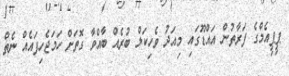
ޕީޕީއެމްގެ ފަރާތުން އައްޑޫގައި މިއަދު ވެހިކަލް ބުރެއް ބާއްވާ ގޮތަށް ހަމަޖެހިފައެއް ނެތް